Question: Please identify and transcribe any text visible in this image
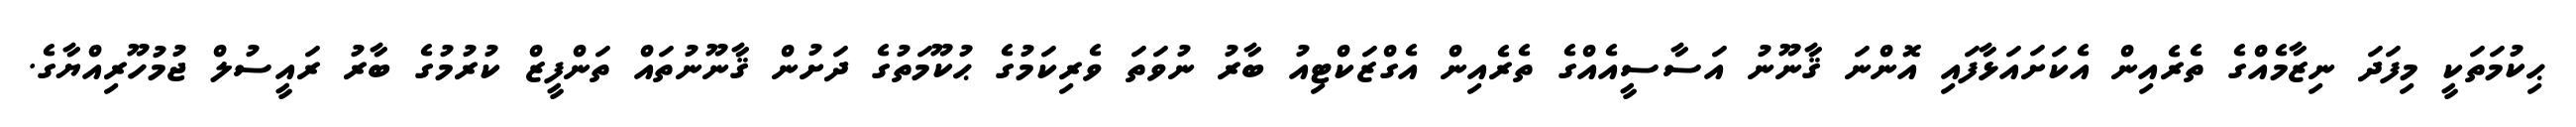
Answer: ޙިކުމަތަކީ މިފަދަ ނިޒާމެއްގެ ތެރެއިން އެކަށައަޅާފައި އޮންނަ ޤާނޫނު އަސާސީއެއްގެ ތެރެއިން އެގްޒަކްޓިއު ބާރު ނުވަތަ ވެރިކަމުގެ ޙުކޫމަތުގެ ދަށުން ޤާނޫނުތައް ތަންފީޒް ކުރުމުގެ ބާރު ރައީސުލް ޖުމުހޫރިއްޔާގެ.